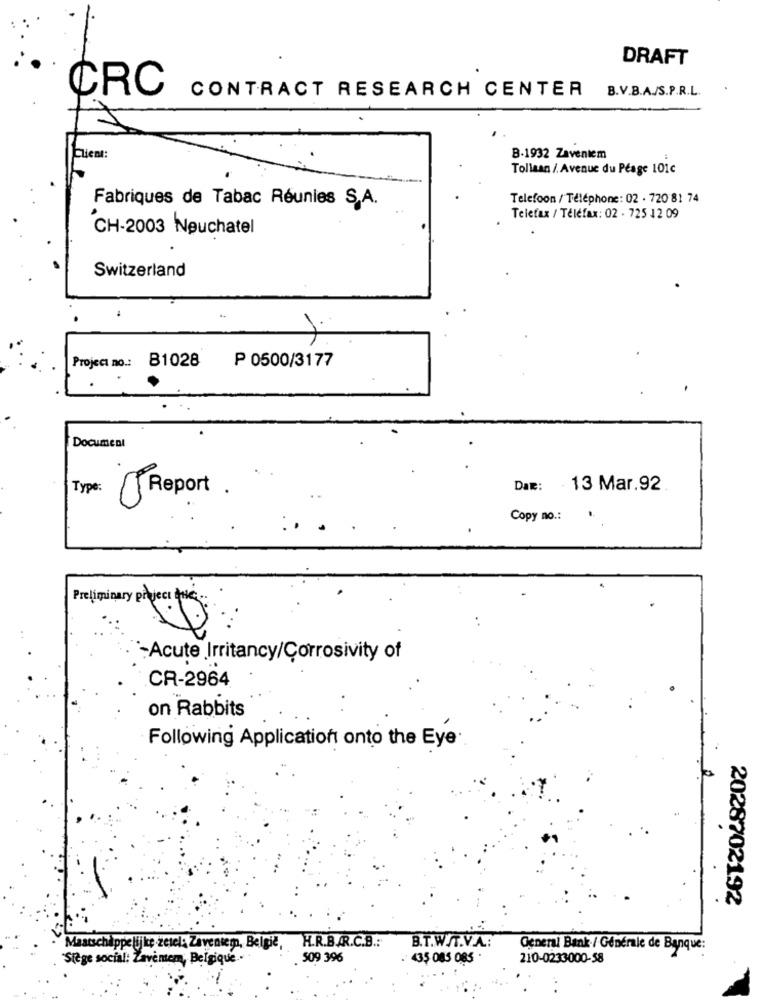
DRAFT
CRC
CONTRACT RESEARCH CENTER
B.V.B.A./S.P.R.L.
Clien
B.1932 Zaventem
Tollaan / Avenue du Péage 101c
Fabriques de Tabac Réunies S.A.
Telefoon / Téléphone : 02 . 720 81 74
Telefax / Telefax : 02 . 725 12 09
CH-2003 Neuchatel
Switzerland
Project no .:
B1028
P 0500/3177
Document
Type:
Date:
. 13 Mar.92
J Report .
Copy no .:
Preliminary project the ...
`-Acute Irritancy/Corrosivity of
CR-2964
on Rabbits
Following Application onto the Eye
2028702192
Maatschappelijke zetel: Zaventem, Belgie, H.R.B.AR.C.B .:
B.T.W/T.V.A .:
General Bank / Générale de Banque:
Siège social: Zaventem, Belgique ..
. 509 396
. 435 085 085
210-0233000-58